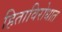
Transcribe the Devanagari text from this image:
हिताविरोधात